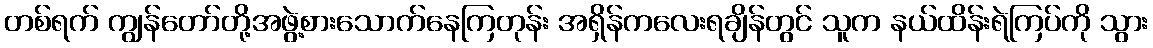
တစ်ရက် ကျွန်တော်တို့အဖွဲ့စားသောက်နေကြတုန်း အရှိန်ကလေးရချိန်တွင် သူက နယ်ထိန်းရဲကြပ်ကို သွား